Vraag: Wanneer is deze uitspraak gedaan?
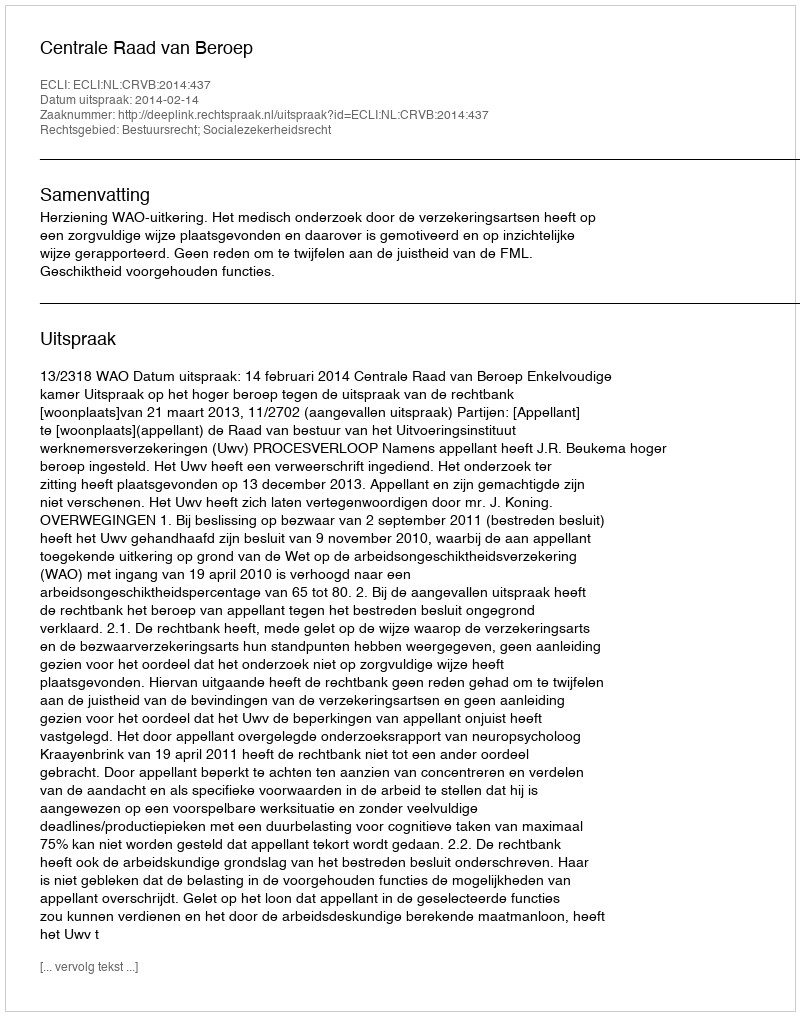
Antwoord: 2014-02-14